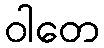
ဝါတေ